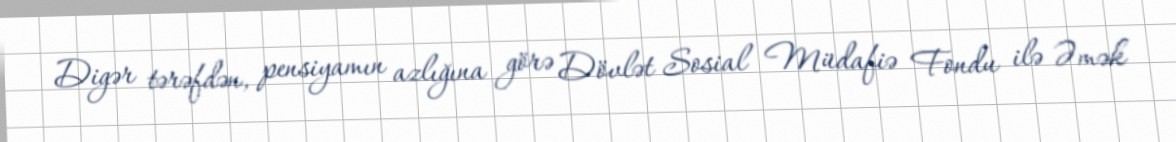
Digər tərəfdən, pensiyamın azlığına görə Dövlət Sosial Müdafiə Fondu ilə Əmək